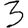
Digit: 3